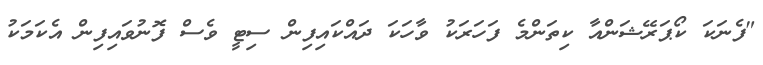
"ފެނަކަ ކޯޕަރޭޝަންއާ ކިތަންމެ ފަހަރަކު ވާހަކަ ދައްކައިފިން ސިޓީ ވެސް ފޮނުވައިފިން އެކަމަކު